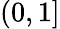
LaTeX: \left(0,1\right]